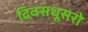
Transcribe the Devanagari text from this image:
दिवसधूसरो